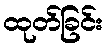
ထုတ်ခြင်း